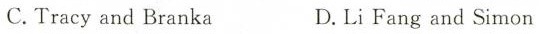
C.Tracy and Branka D. Li Fang and Simon